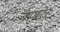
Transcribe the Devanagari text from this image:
बाबरेर